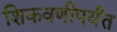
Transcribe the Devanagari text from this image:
शिकवणीपर्यंत